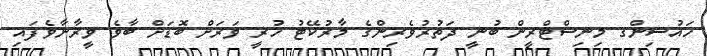
ހައުސިންގ މިނިސްޓްރީން ބުނީ ދަތުރުވެރިންގެ މާރުކޭޓު ހުރީ ވަރަށް ބޮޑަށް ބާވެ ވީރާނާވެފައި